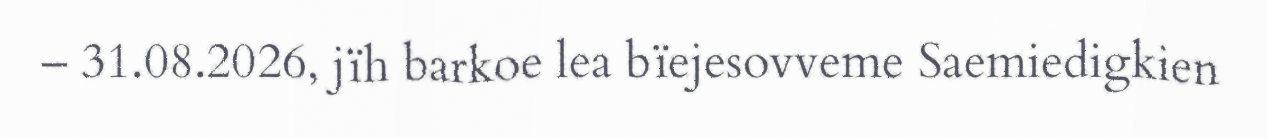
– 31.08.2026, jïh barkoe lea bïejesovveme Saemiedigkien